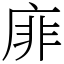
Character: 䨾